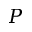
P